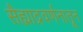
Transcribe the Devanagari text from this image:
सैह्याद्रवर्णनातून